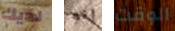
لديك إنه الوقت